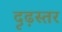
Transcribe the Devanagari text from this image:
दृढ़स्तर